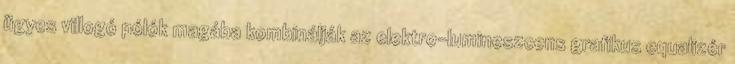
ügyes villogó pólók magába kombinálják az elektro-lumineszcens grafikus equalizér